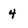
Character: 4